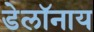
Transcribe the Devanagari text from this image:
डेलॉनाय